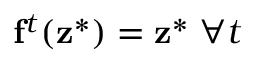
\mathbf f ^ { t } ( \mathbf z ^ { * } ) = \mathbf z ^ { * } \; \forall t